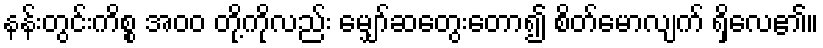
နန်းတွင်းကိစ္စ အ၀၀ တို့ကိုလည်း မျှော်ဆတွေးတော၍ စိတ်မောလျက် ရှိလေ၏။